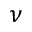
\nu